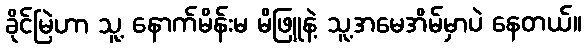
ခိုင်မြဲဟာ သူ့ နောက်မိန်းမ မိဖြူနဲ့ သူ့အမေအိမ်မှာပဲ နေတယ်။